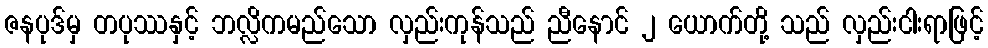
ဇနပုဒ်မှ တပုဿနှင့် ဘလ္လိကမည်သော လှည်းကုန်သည် ညီနောင် ၂ ယောက်တို့ သည် လှည်းငါးရာဖြင့်